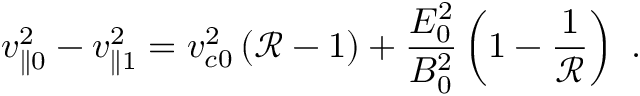
v _ { \parallel 0 } ^ { 2 } - v _ { \parallel 1 } ^ { 2 } = v _ { c 0 } ^ { 2 } \left( \mathcal { R } - 1 \right) + \frac { E _ { 0 } ^ { 2 } } { B _ { 0 } ^ { 2 } } \left( 1 - \frac { 1 } { \mathcal { R } } \right) \mathrm { ~ . ~ }